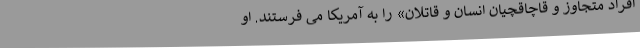
افراد متجاوز و قاچاقچیان انسان و قاتلان» را به آمریکا می فرستند. او